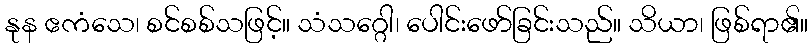
နုန ဧကံသေ၊ စင်စစ်သဖြင့်။ သံသဂ္ဂေါ၊ ပေါင်းဖော်ခြင်းသည်။ သိယာ၊ ဖြစ်ရာ၏။